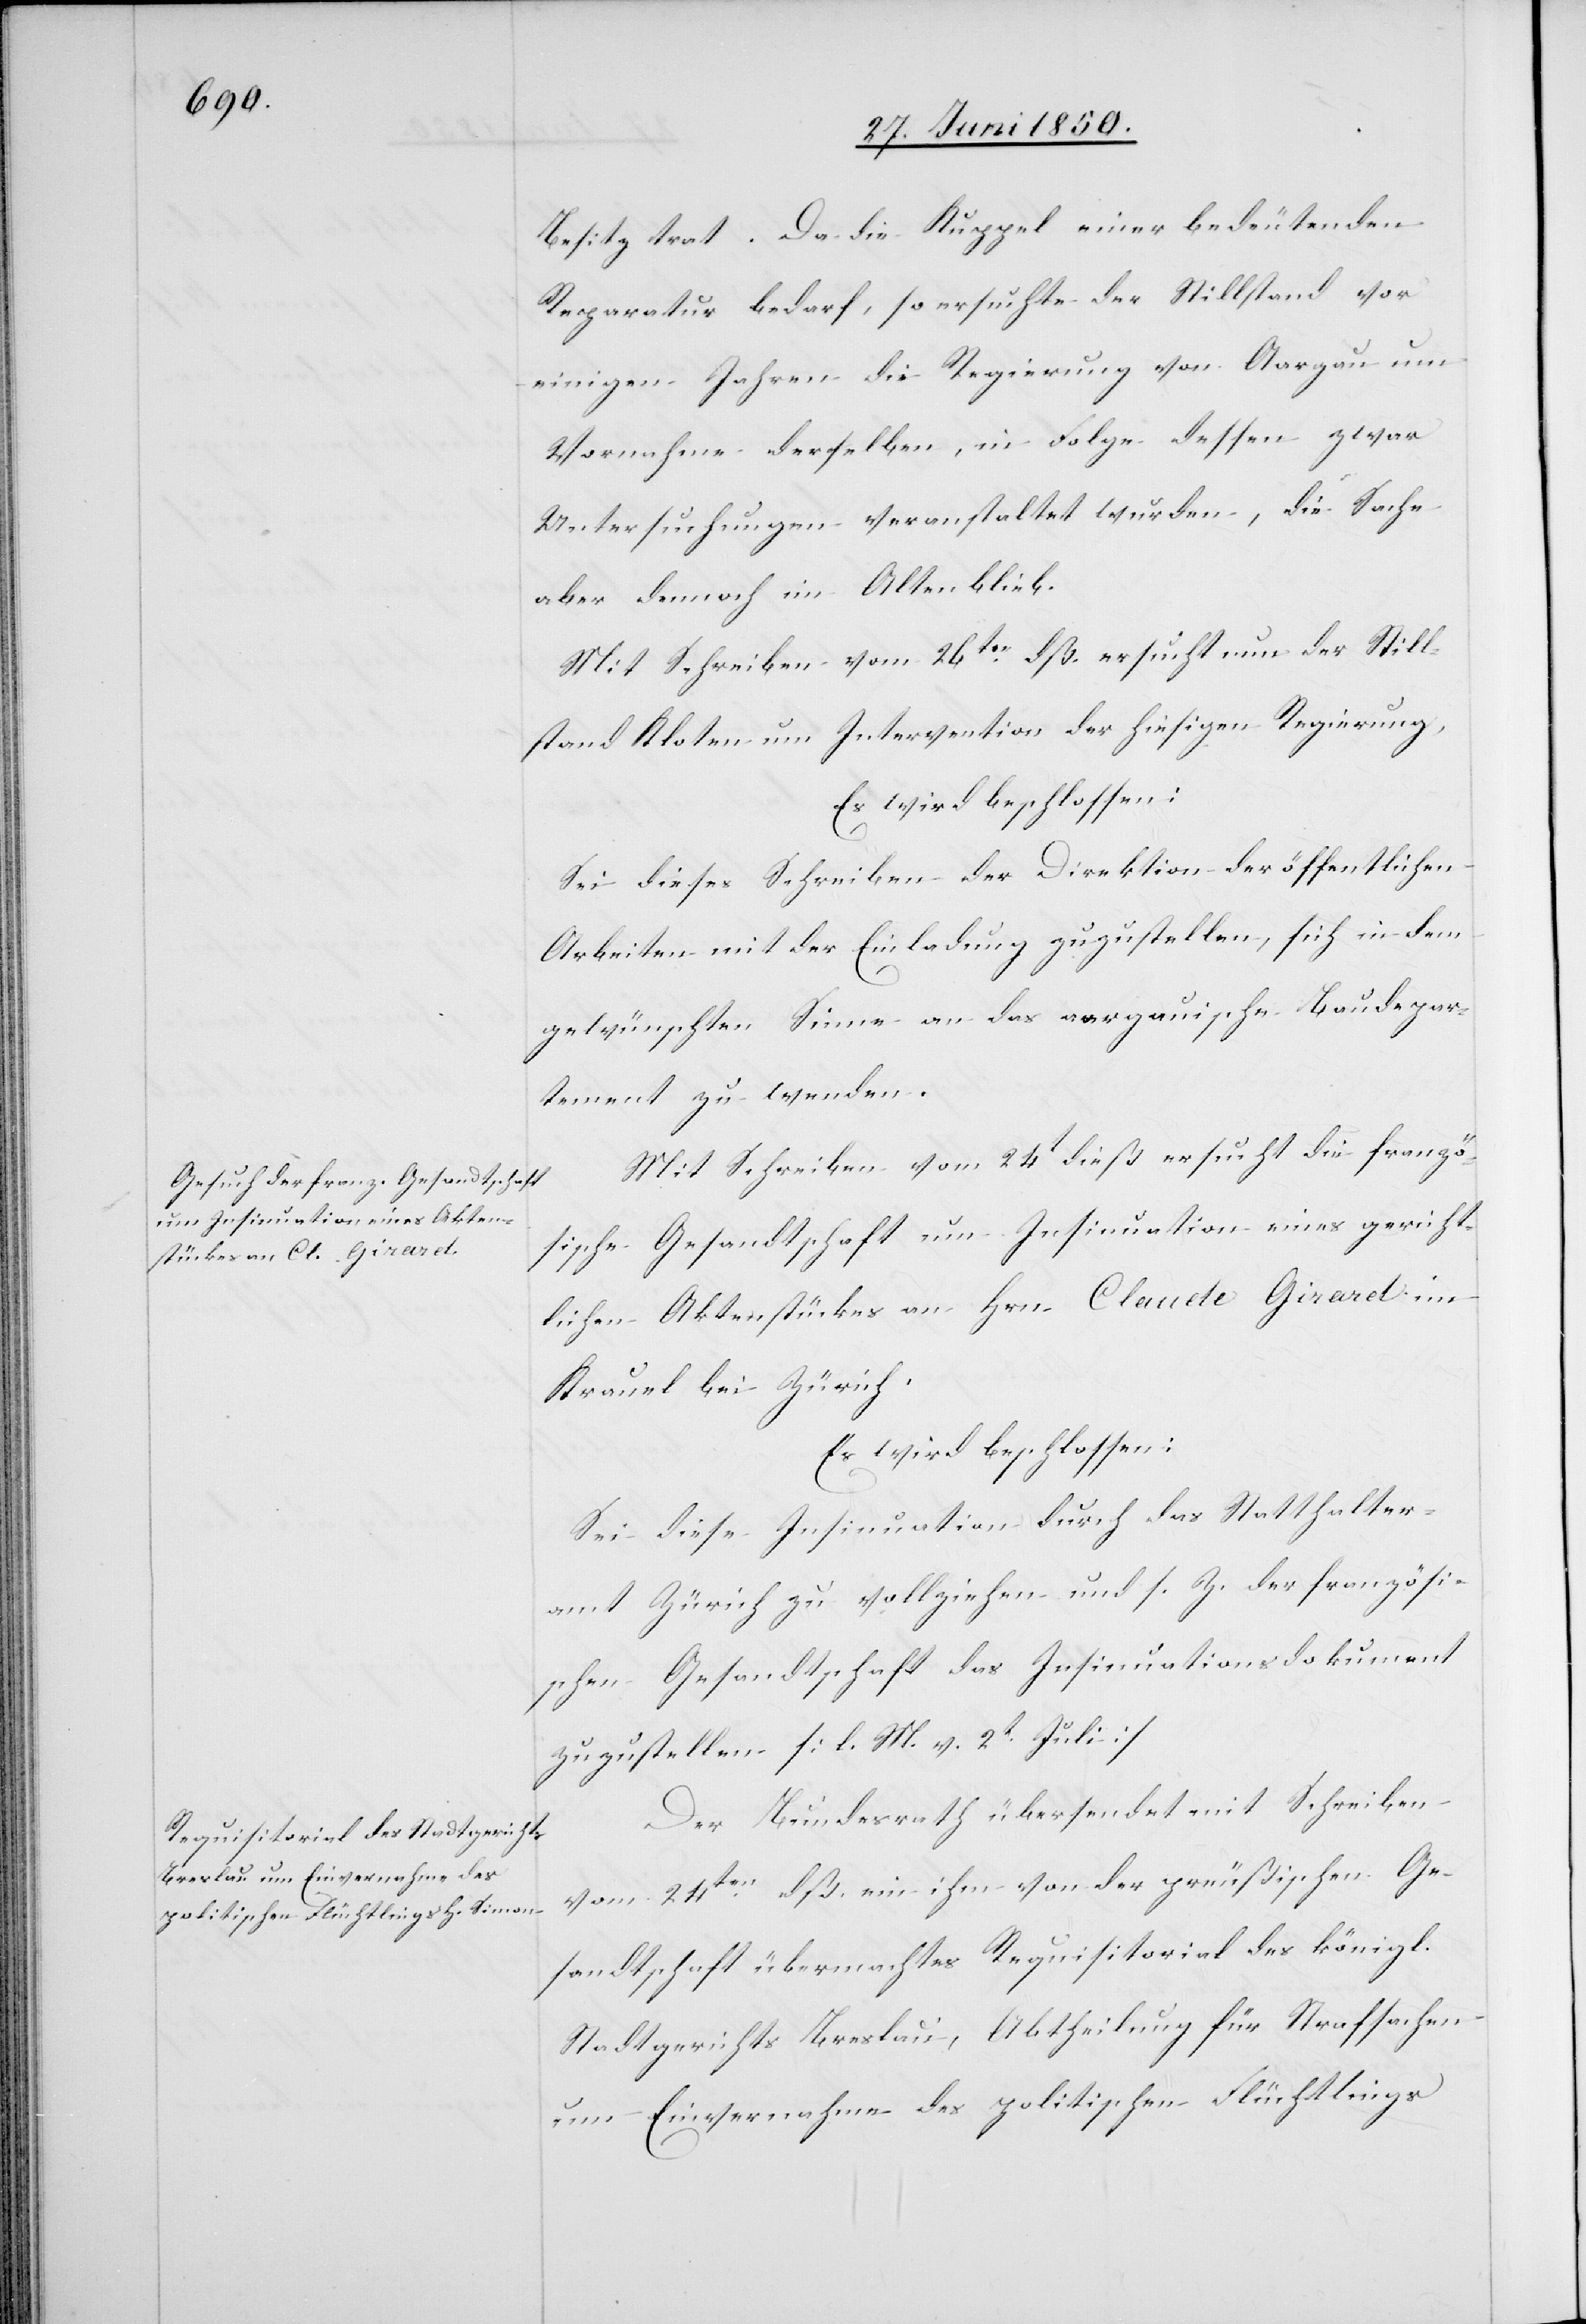
Besitz trat. Da die Kuppel einer bedeutenden
Reparatur bedarf, so ersuchte der Stillstand vor
einigen Jahren die Regierung von Aargau um
Vornahme derselben, in Folge dessen zwar
Untersuchungen veranstaltet wurden, die Sache
aber dennoch im Alten blieb.
Mit Schreiben vom 26ten dß. ersucht nun der Still¬
stand Kloten um Intervention der hiesigen Regierung,
Es wird beschlossen:
Sei dieses Schreiben der Direktion der öffentlichen
Arbeiten mit der Einladung zuzustellen, sich in dem
gewünschten Sinne an das aargauische Baudepar¬
tement zu wenden.
Mit Schreiben vom 24t dieß ersucht die franzö¬
sische Gesandtschaft um Insinuation eines gericht¬
lichen Aktenstückes an Hrn Claude Giraret im
Krauel bei Zürich.
Es wird beschlossen:
Sei diese Insinuation durch das Statthalter¬
amt Zürich zu vollziehen und s. Z. der französi¬
schen Gesandtschaft das Insinuationsdokument
zuzustellen [l. M. v. 2t Juli]
Der Bundesrath übersendet mit Schreiben
vom 24ten dß. ein ihm von der preußischen Ge¬
sandtschaft übermachtes Requisitorial des königl.
Stadtgerichts Breslau, Abtheilung für Strafsachen
um Einvernahme des politischen Flüchtlings